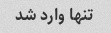
تنها وارد شد